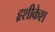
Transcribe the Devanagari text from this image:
हृशीकेश